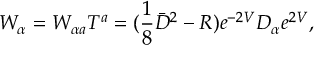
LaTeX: W _ { \alpha } = W _ { \alpha a } T ^ { a } = ( \frac { 1 } { 8 } \bar { { \cal D } } ^ { 2 } - R ) e ^ { - 2 V } { \cal D } _ { \alpha } e ^ { 2 V } ,